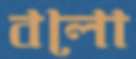
বলো